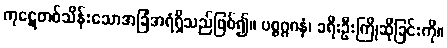
ကုဋေတစ်သိန်းသောအခြံအရံရှိသည်ဖြစ်၍။ ပစ္စဂ္ဂဂနံ၊ ခရီးဦးကြိုဆိုခြင်းကို။